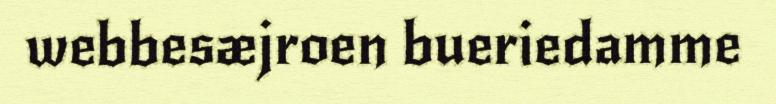
webbesæjroen bueriedamme